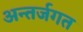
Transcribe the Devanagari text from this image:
अन्तर्जगत